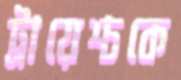
ট্রায়েশ্চকে